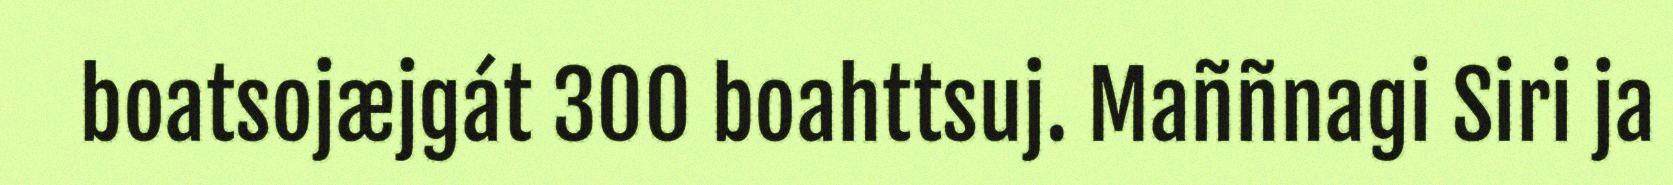
boatsojæjgát 300 boahttsuj. Maññnagi Siri ja